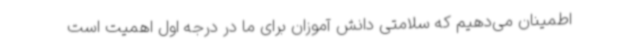
اطمینان می‌دهیم که سلامتی دانش آموزان برای ما در درجه اول اهمیت است